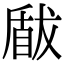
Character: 瞂